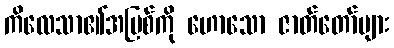
ကိလေသာ၏အပြစ်ကို ဟောသော ဇာတ်တော်များ